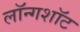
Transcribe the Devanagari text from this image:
लॉन्गशॉट